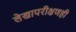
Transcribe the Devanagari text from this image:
लेखापरीक्षणही